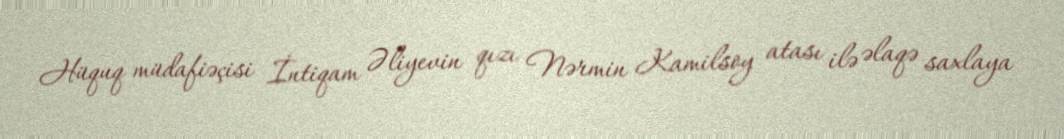
Hüquq müdafiəçisi İntiqam Əliyevin qızı Nərmin Kamilsoy atası ilə əlaqə saxlaya